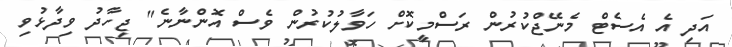
އަދި އެ އެސެޓް މެނޭޖްކުރުން ރަސްމީކޮށް ހަވާލުކުރުން ވެސް އޮންނާނެ" ޖިހާދު ވިދާޅުވި